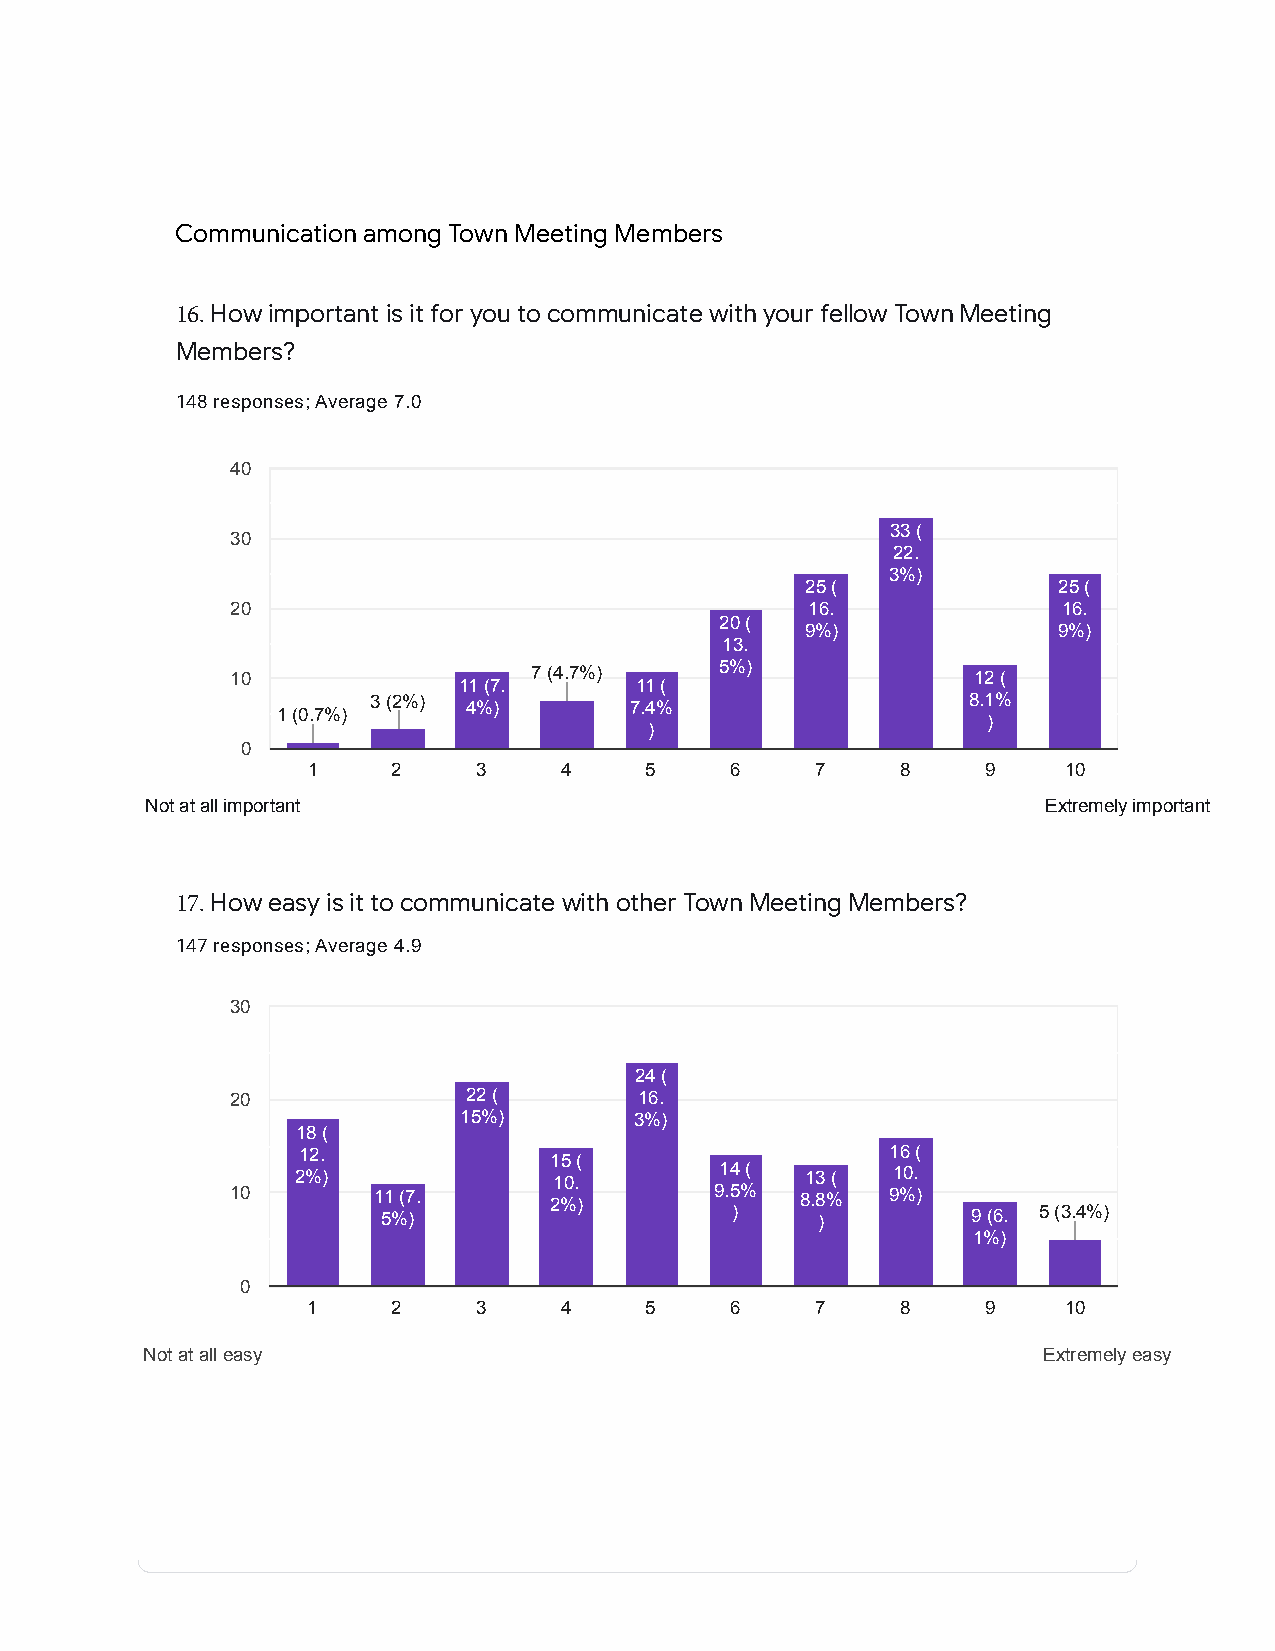
Communication among Town Meeting Members
 16.How important is it for you to communicate with your fellow Town Meeting
 Members?
 148 responses; Average 7.0
 40
 33 (
 30
 22.
 3%)
 25 (             25 (
 20                                     16.             16.
 20 (
 9%)              9%)
 13.
 10                  7 (4.7%)     5%)             12 (
 11 (7.      11 (
 3 (2%)                                 8.1%
 4%)        7.4%
 1 (0.7%)
 )
 )
 0
 1     2     3    4     5    6     7     8    9    10
 Not at all important                                       Extremely important
 17.How easy is it to communicate with other Town Meeting Members?
 147 responses; Average 4.9
 30
 24 (
 20              22 (       16.
 15%)        3%)
 18 (
 12.                                    16 (
 15 (
 2%)              10.        14 ( 13 (  10.
 10        11 (7.     2%)        9.5%  8.8%  9%)
 5%)                    )     )         9 (6. 5 (3.4%)
 1%)
 0
 1     2     3    4     5    6     7     8    9    10
 Not at all easy                                             Extremely easy